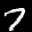
Label: 7